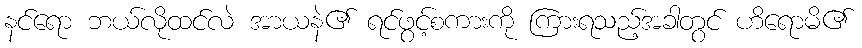
နင်ရော ဘယ်လိုထင်လဲ အာယနဲ၏ ရင်ဖွင့်စကားကို ကြားရသည့်အခါတွင် ဟိရောမိ၏